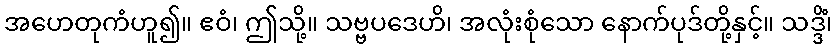
အဟေတုကံဟူ၍။ ဧဝံ၊ ဤသို့။ သဗ္ဗပဒေဟိ၊ အလုံးစုံသော နောက်ပုဒ်တို့နှင့်။ သဒ္ဒိံ၊